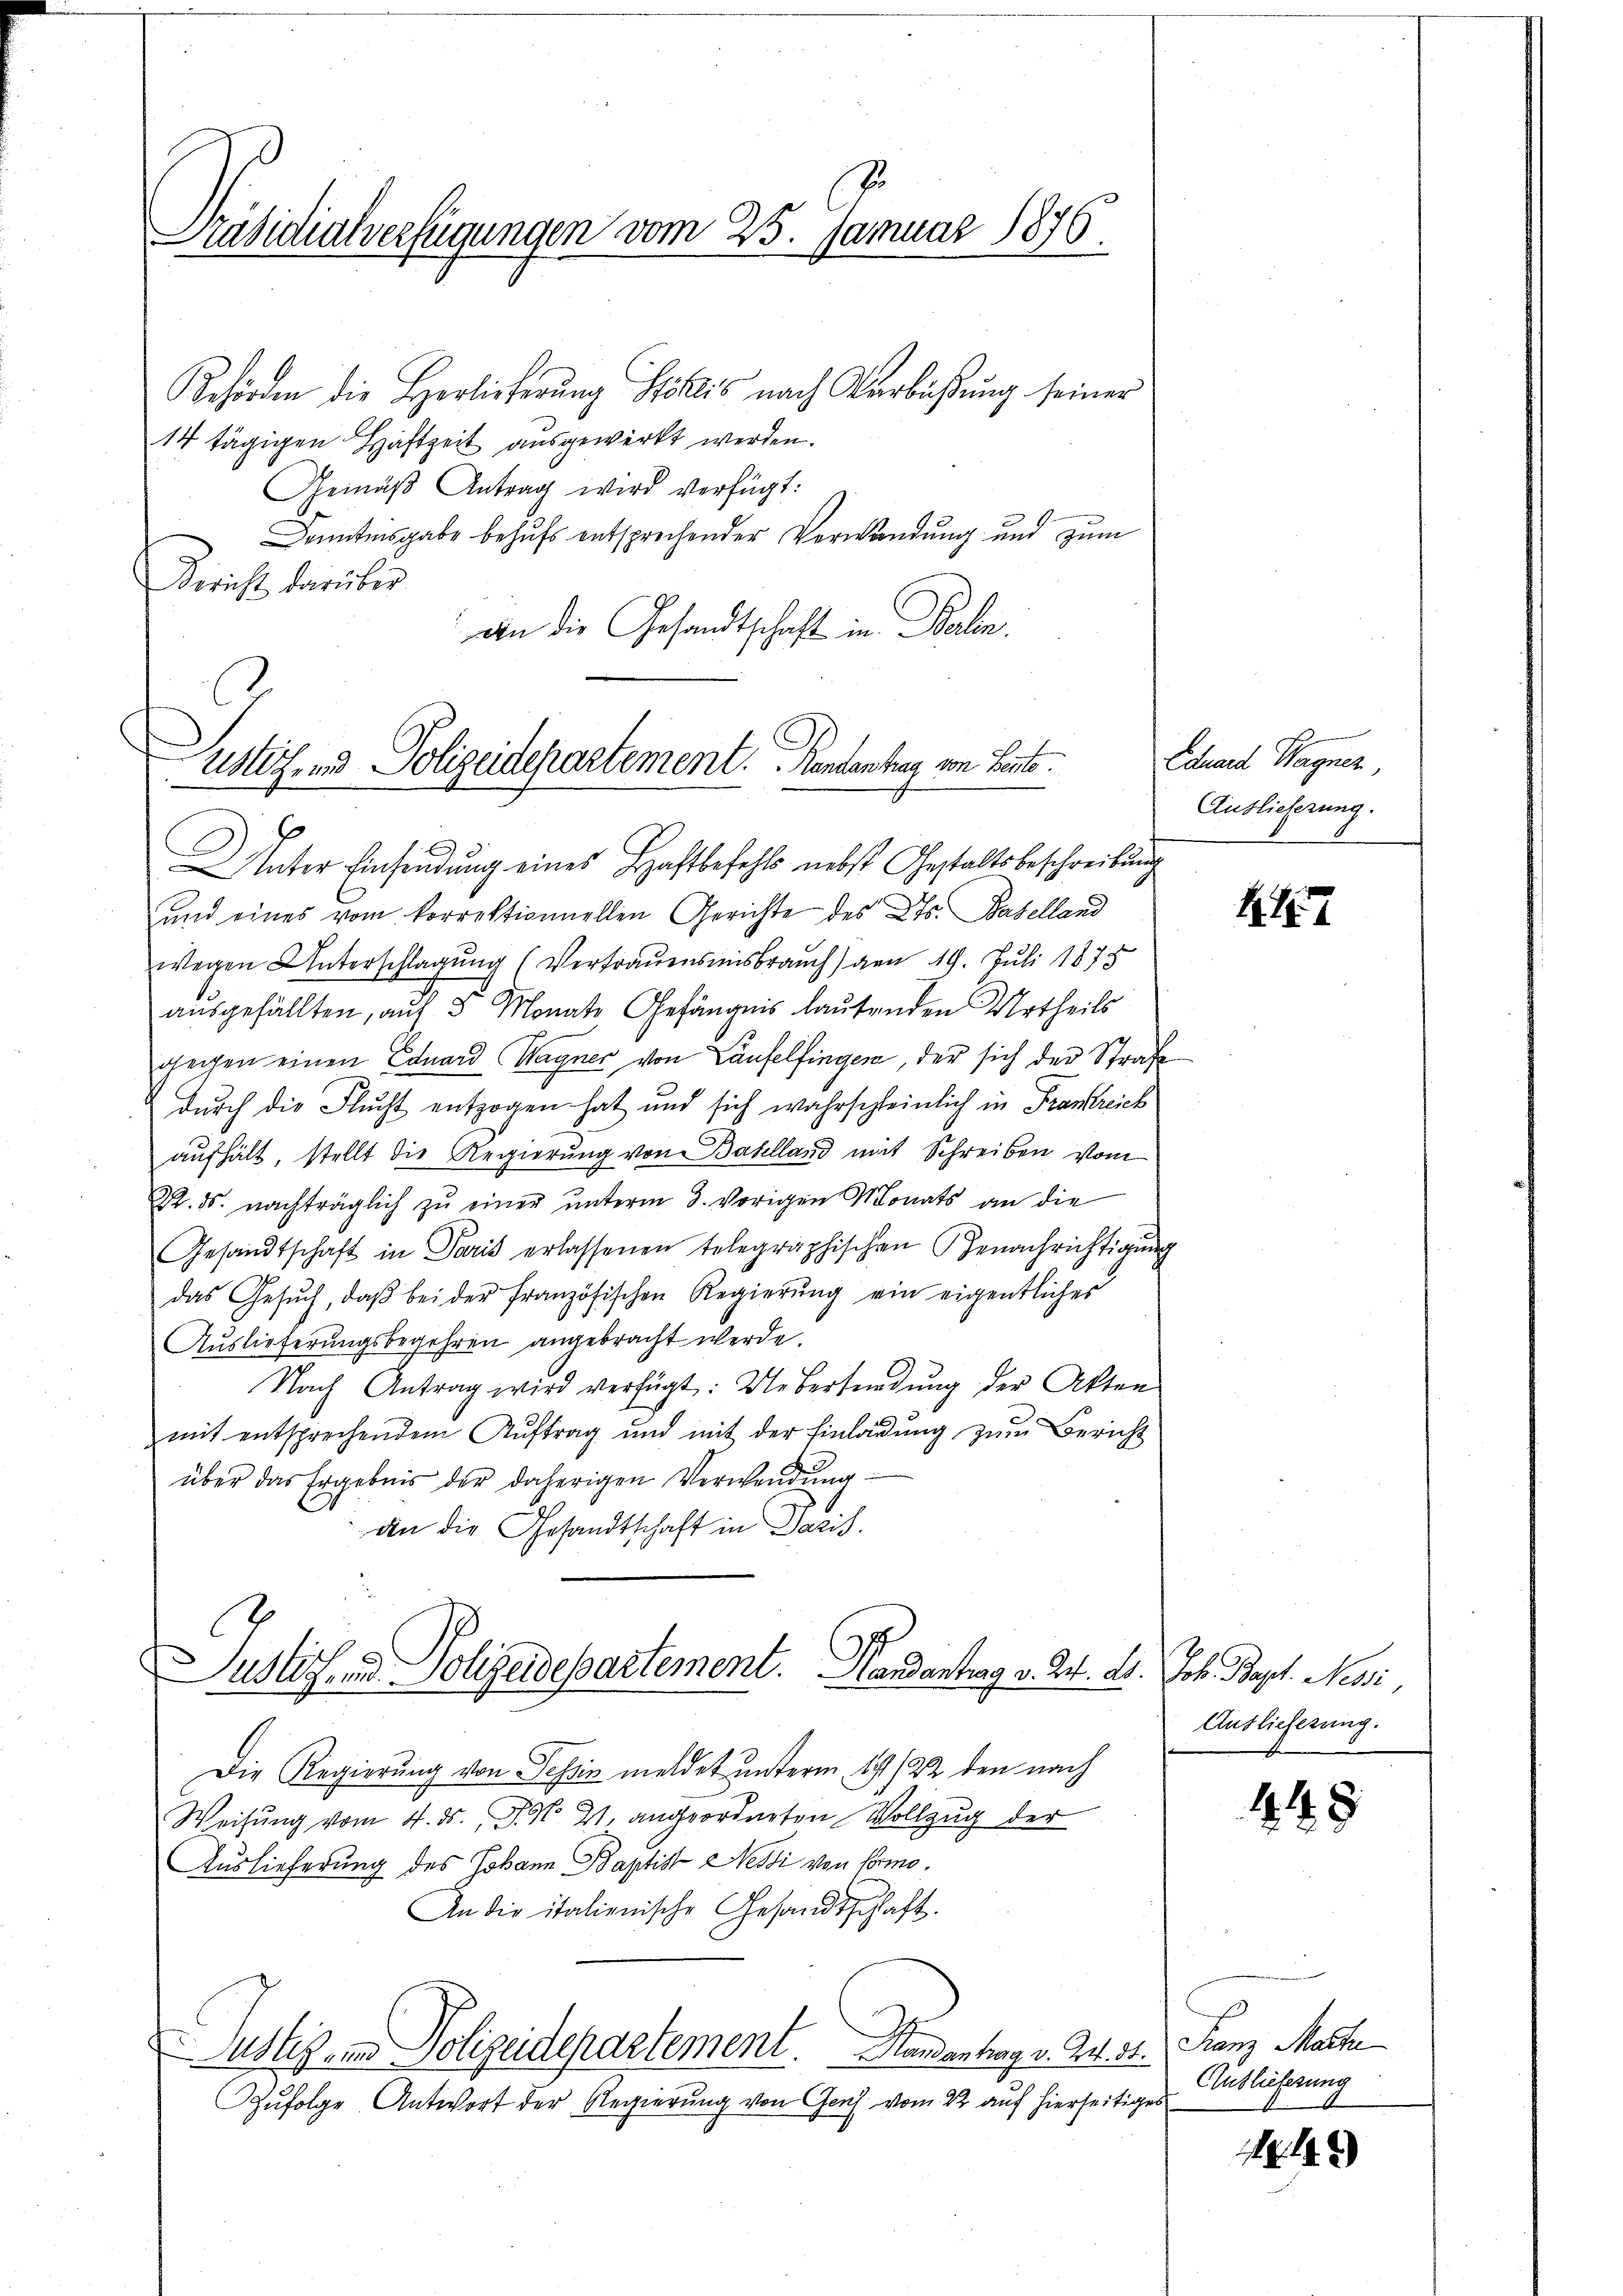
Präsidialverfügungen vom 25. Januar 1876

Behörden die Herlieferung Köllis nach Verbüßung seiner
14 tägigen Haftzeit ausgewirkt werden.
Gemäβ Antrag wird verfügt:
Denntnisgabe behufs entsprechender Verwendung und zum
Bericht darüber
an die Gesandtschaft in Balin.

üstete und Polizeidepartement. Rentenhag von Leut

Unter Einsendung eines Haftbefehls nebst Gestaltsbeschreibung
und eines vom korrektionnellen Gerichte des Kts. Baselland
wegen Unterschlagung (Vertrauensmisbrauch) von 19. Juli 1878
ausgefällten, auf 3 Monate Gefängnis lautenden Urtheils
gegen einen Eduard Wagner von Laufelfingen, der sich der Strafe
durch die Flucht entzogen hat und sich wahrschleinlich in Frankreich
aufhält, stellt die Regierung von Baselland mit Schreiben vom
K. ds. nachträglich zŭ einer unterm 3. vorigen Monats an die
Gesandtschaft in Paris erlassenen telegraphischen Benachrichtigŭng
das Gesŭch, daβ bei der französischen Regierŭng ein eigentliches
Auslieferungsbegehren angebracht werde.
Nach Antrag wird verfügt: Uebersendŭng der Akten
mit entsprechendem Aŭftrag und mit der Einladŭng zŭm Bericht
über das Ergebnis der daherigen Verwendung
den die Gesandtschaft in Paris.
Justiz- u Polizeidepartement. Mandantrag v. 2. ab. Joh. Bapt. Nesi,
Die Regierung von Tessin meldet unterm 19. 22. den nach
Weisung vom 4. ds. J. N. 21. angeordneten Vollzug der
Auslieferung des Johann Baptist Nessi von Ermo
An die italienische Gesandtschaft.
Justiz- und Polizeidepartement. Handenhag v. 24. 31. Franz Maste
Zufolge Antwort der Regierung von Genf vom 22 auf hierseitiges

Eduard Wagner,
Auslieferung.

1

Auslieferung.

18

s
Auslieferung

1. 142)